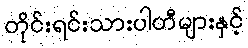
တိုင်းရင်းသားပါတီများနှင့်